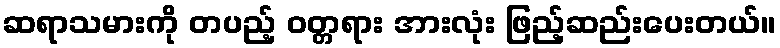
ဆရာသမားကို တပည့် ဝတ္တရား အားလုံး ဖြည့်ဆည်းပေးတယ်။